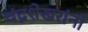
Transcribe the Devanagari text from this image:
चंद्रशेखरांनी